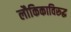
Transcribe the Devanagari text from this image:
लौकिकाविरूद्ध